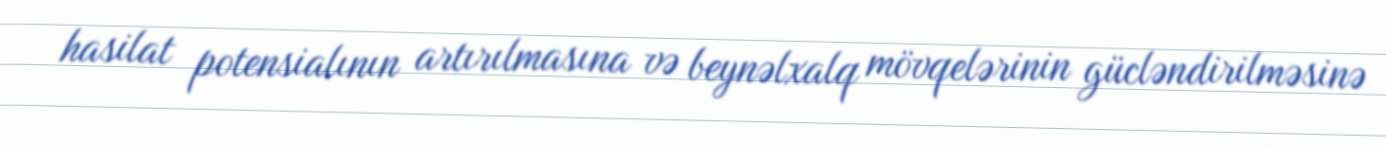
hasilat potensialının artırılmasına və beynəlxalq mövqelərinin gücləndirilməsinə